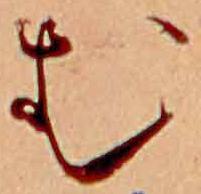
む